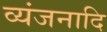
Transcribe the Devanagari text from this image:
व्यंजनादि